Treatise on elephants
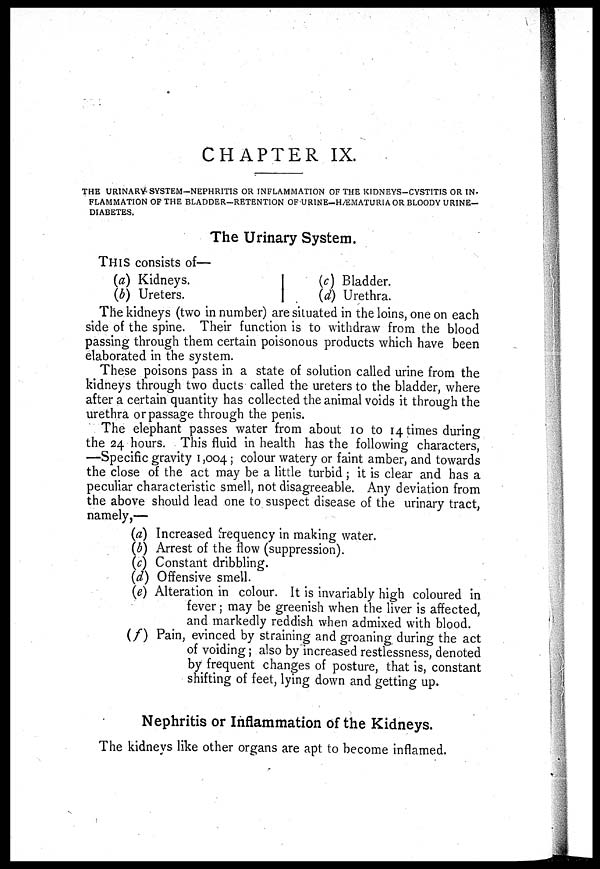
CHAPTER IX.
THE URINARY SYSTEM-NEPHRITIS OR INFLAMMATION OF THE KIDNEYS-CYSTITIS OR IN-
FLAMMATION OF THE BLADDER-RETENTION OF URINE-HÆMATURIA OR BLOODY URINE-
DIABETES.
The Urinary System.
THIS consists of—
(a) Kidneys.
(b) Ureters.
(c) Bladder.
(d) Urethra.
The kidneys (two in number) are situated in the loins, one on each
side of the spine. Their function is to withdraw from the blood
passing through them certain poisonous products which have been
elaborated in the system.
These poisons pass in a state of solution called urine from the
kidneys through two ducts called the ureters to the bladder, where
after a certain quantity has collected the animal voids it through the
urethra or passage through the penis.
The elephant passes water from about 10 to 14 times during
the 24 hours. This fluid in health has the following characters,
—Specific gravity 1,004 ; colour watery or faint amber, and towards
the close of the act may be a little turbid ; it is clear and has a
peculiar characteristic smell, not disagreeable. Any deviation from
the above should lead one to suspect disease of the urinary tract,
namely,—
(a) Increased frequency in making water.
(b) Arrest of the flow (suppression).
(c) Constant dribbling.
(d) Offensive smell.
(e) Alteration in colour. It is invariably high coloured in
fever; may be greenish when the liver is affected,
and markedly reddish when admixed with blood.
(f) Pain, evinced by straining and groaning during the act
of voiding ; also by increased restlessness, denoted
by frequent changes of posture, that is, constant
shifting of feet, lying down and getting up.
Nephritis or Inflammation of the Kidneys.
The kidneys like other organs are apt to become inflamed.